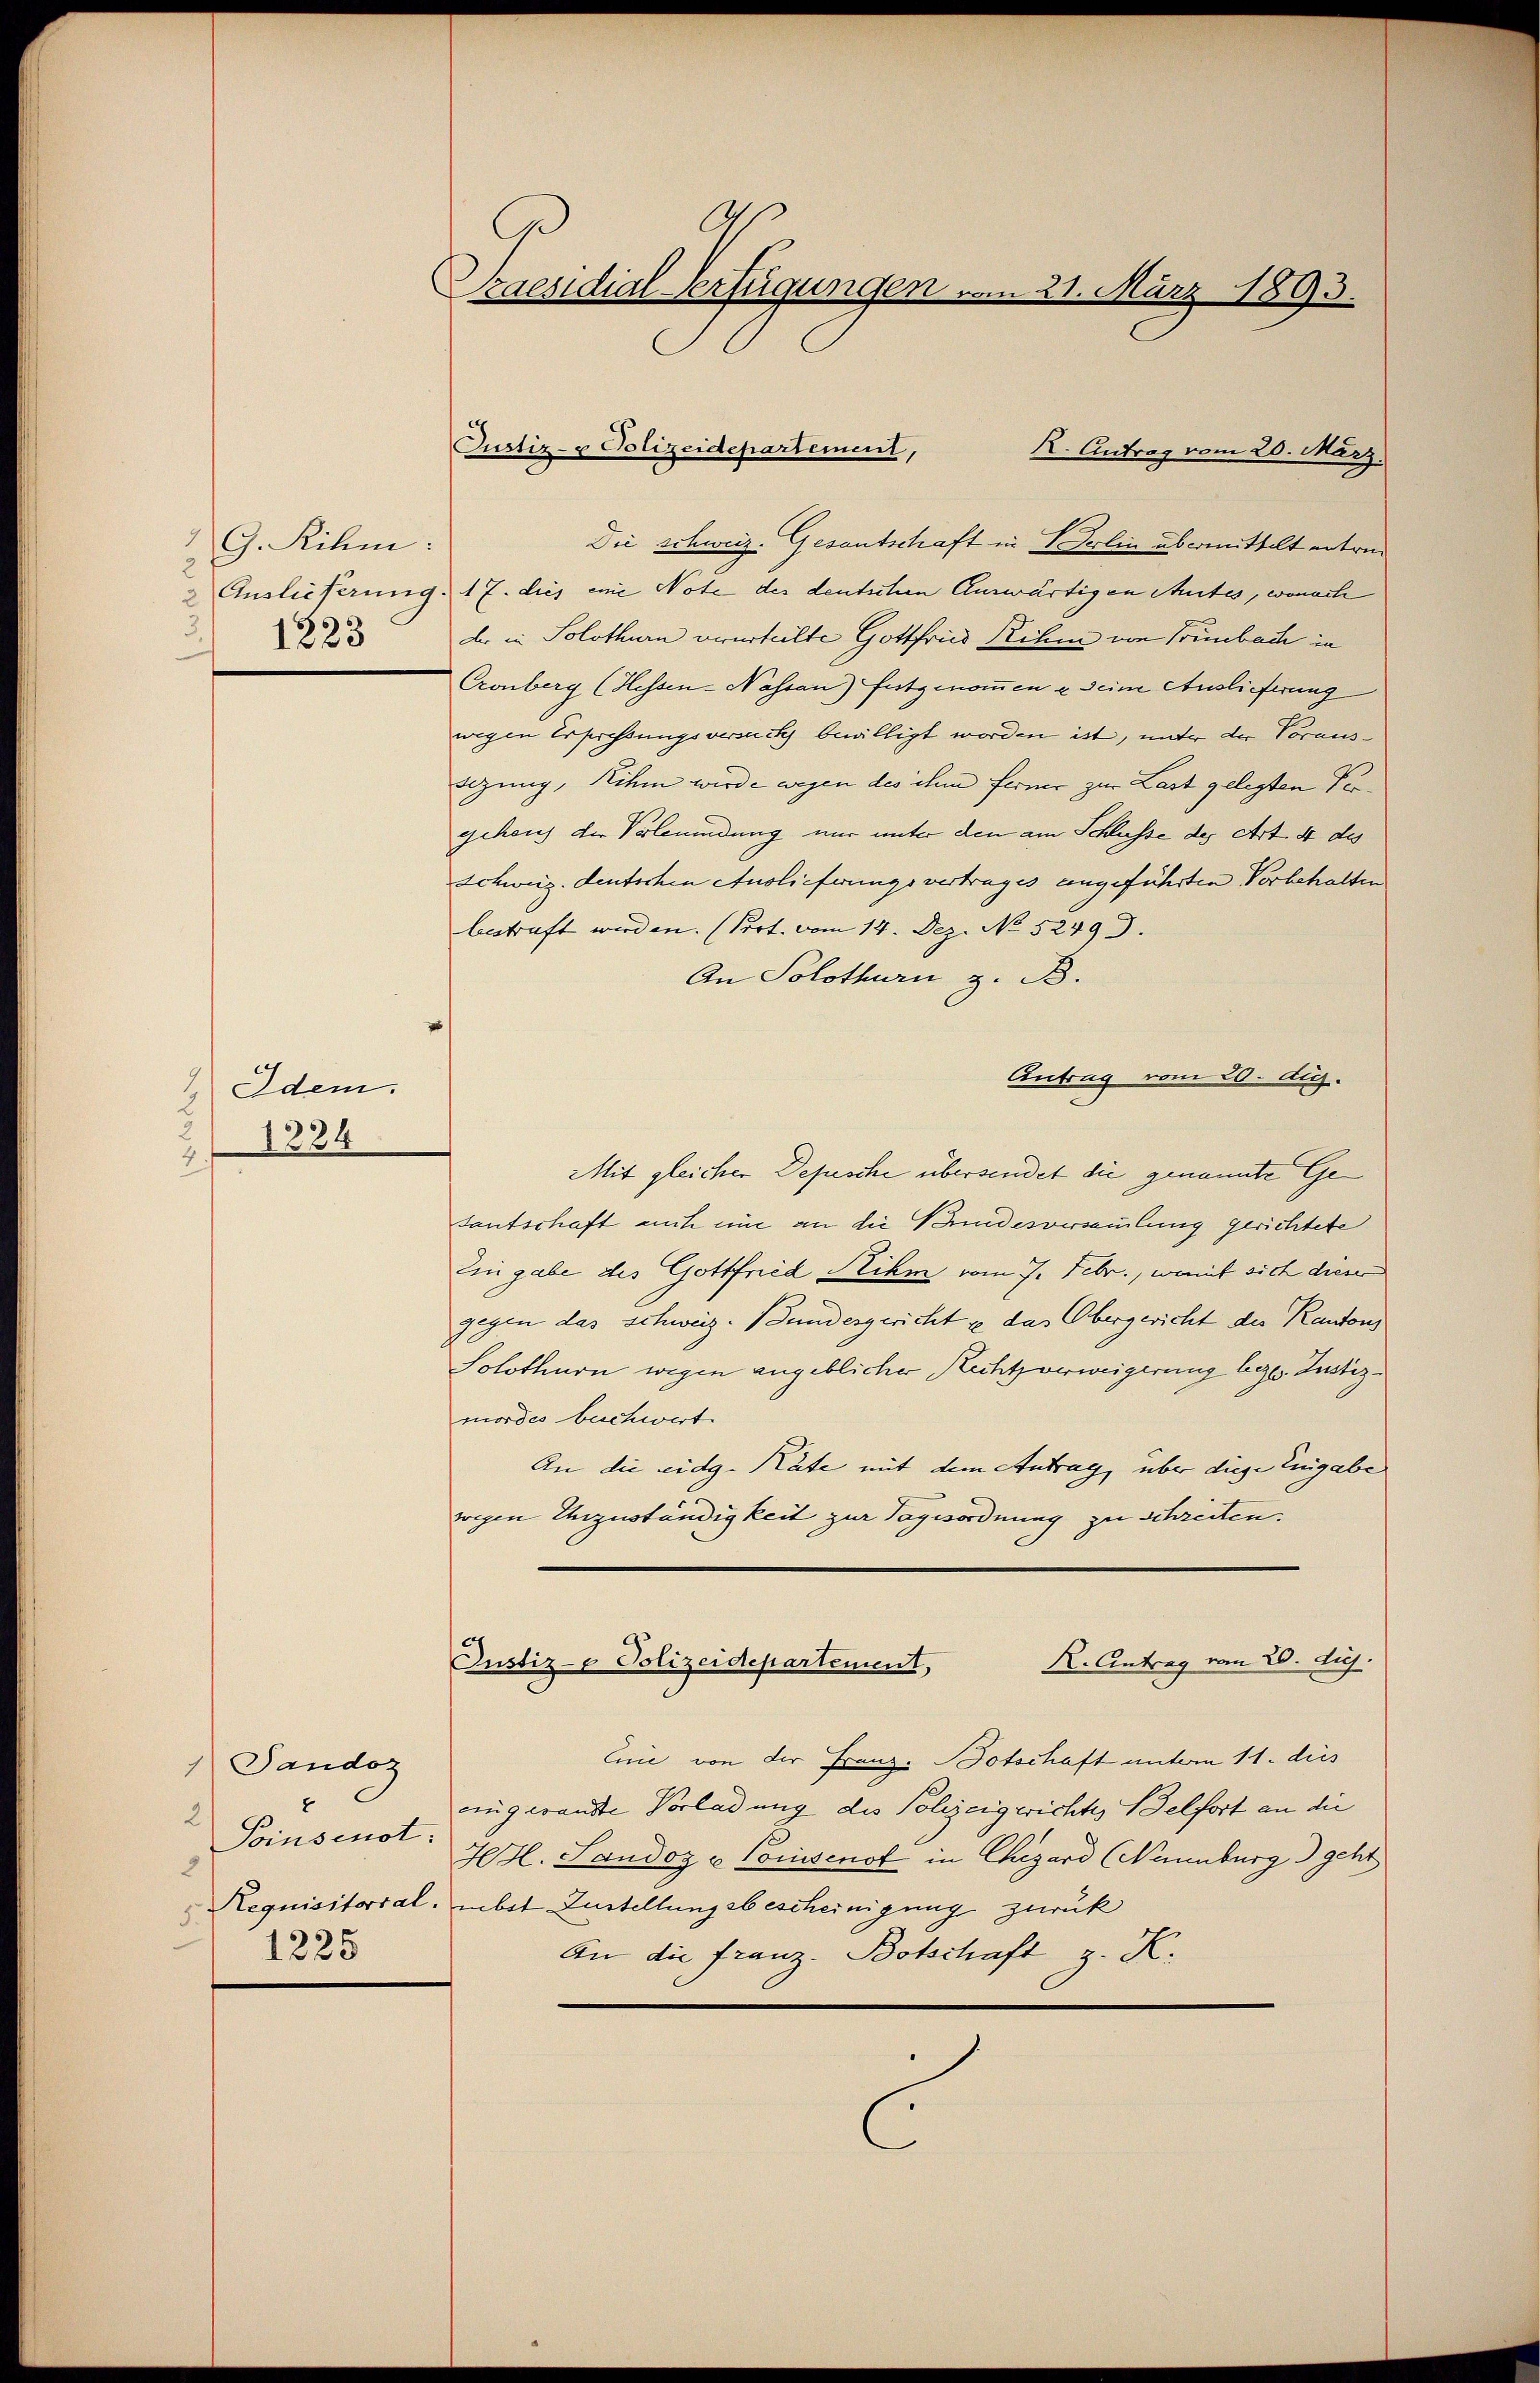
2 G. Rihm:
Auslieferung
3 1223

Idem.
2
1224
2f

1 Sandoz
x
2
Poinsenot.
2
Requisitorial.
1225

Caesidial-Verfügungen vom 21. März 1893.

K. Antrag vom 20. März.
Die schweiz. Gesantschaft in Berlin übermittelt entre¬
17. dies eine Note des deutschen Auswärtigen Mutes, wonach
d. in Solothurn verurteilte Gottfried ihm von Trimbach in
Cronberg (Hessen-Nassan) festgenommen & seine Auslieferung
wegen Erpressungsversuch bewilligt worden ist, unter der Voraus-
sezung, ihm wurde wegen des ihm ferner zur Last gelegten Vergehens der Verleumdung nur unter den am Schlusse des Art. 4 des
Schweiz. deutschen Auslieferungsvertrages angeführten Vorbehalten
bestraft werden. (Port. vom 14. Dez. No 52493.
An Solothurn z. B.
Antrag vom 20. d.
Mit gleicher Depesche übersendet die genannte Gesantschaft auch eine an die Pandesversammlung gerichtete
Ein gabe des Gottfried ihm vom 7. Febr., womit sich dieer
gegen das schweiz. Bundesgericht u das Obergericht des Kantons
Solothurn wegen angeblicher Rechtsverweigerung beze. Justizmordes buchwert.
An die eidg. Räte mit dem Antrag, über diese Eingabe
wegen Urzuständigkeit zur Tagesordnung zu schreiten.
K. Antrag vom 20. huj.
Justiz- & Polizeidepartement,
Cuić von der Franz. Botschaft unterm 11. dies
eingesandte Vorladung des Polizeigerichte, Belfort an die
HH. Sandoz u Consenst in Chizard (Nannburg geht
mbst Zustellungsbescheinigung zurück
An die franz- Botschaft z. K.

Justiz- u Polizeidepartement,